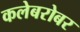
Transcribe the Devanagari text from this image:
कलेबरोबर